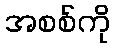
အစစ်ကို